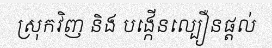
ស្រុកវិញ និង បង្កើនល្បឿនផ្តល់